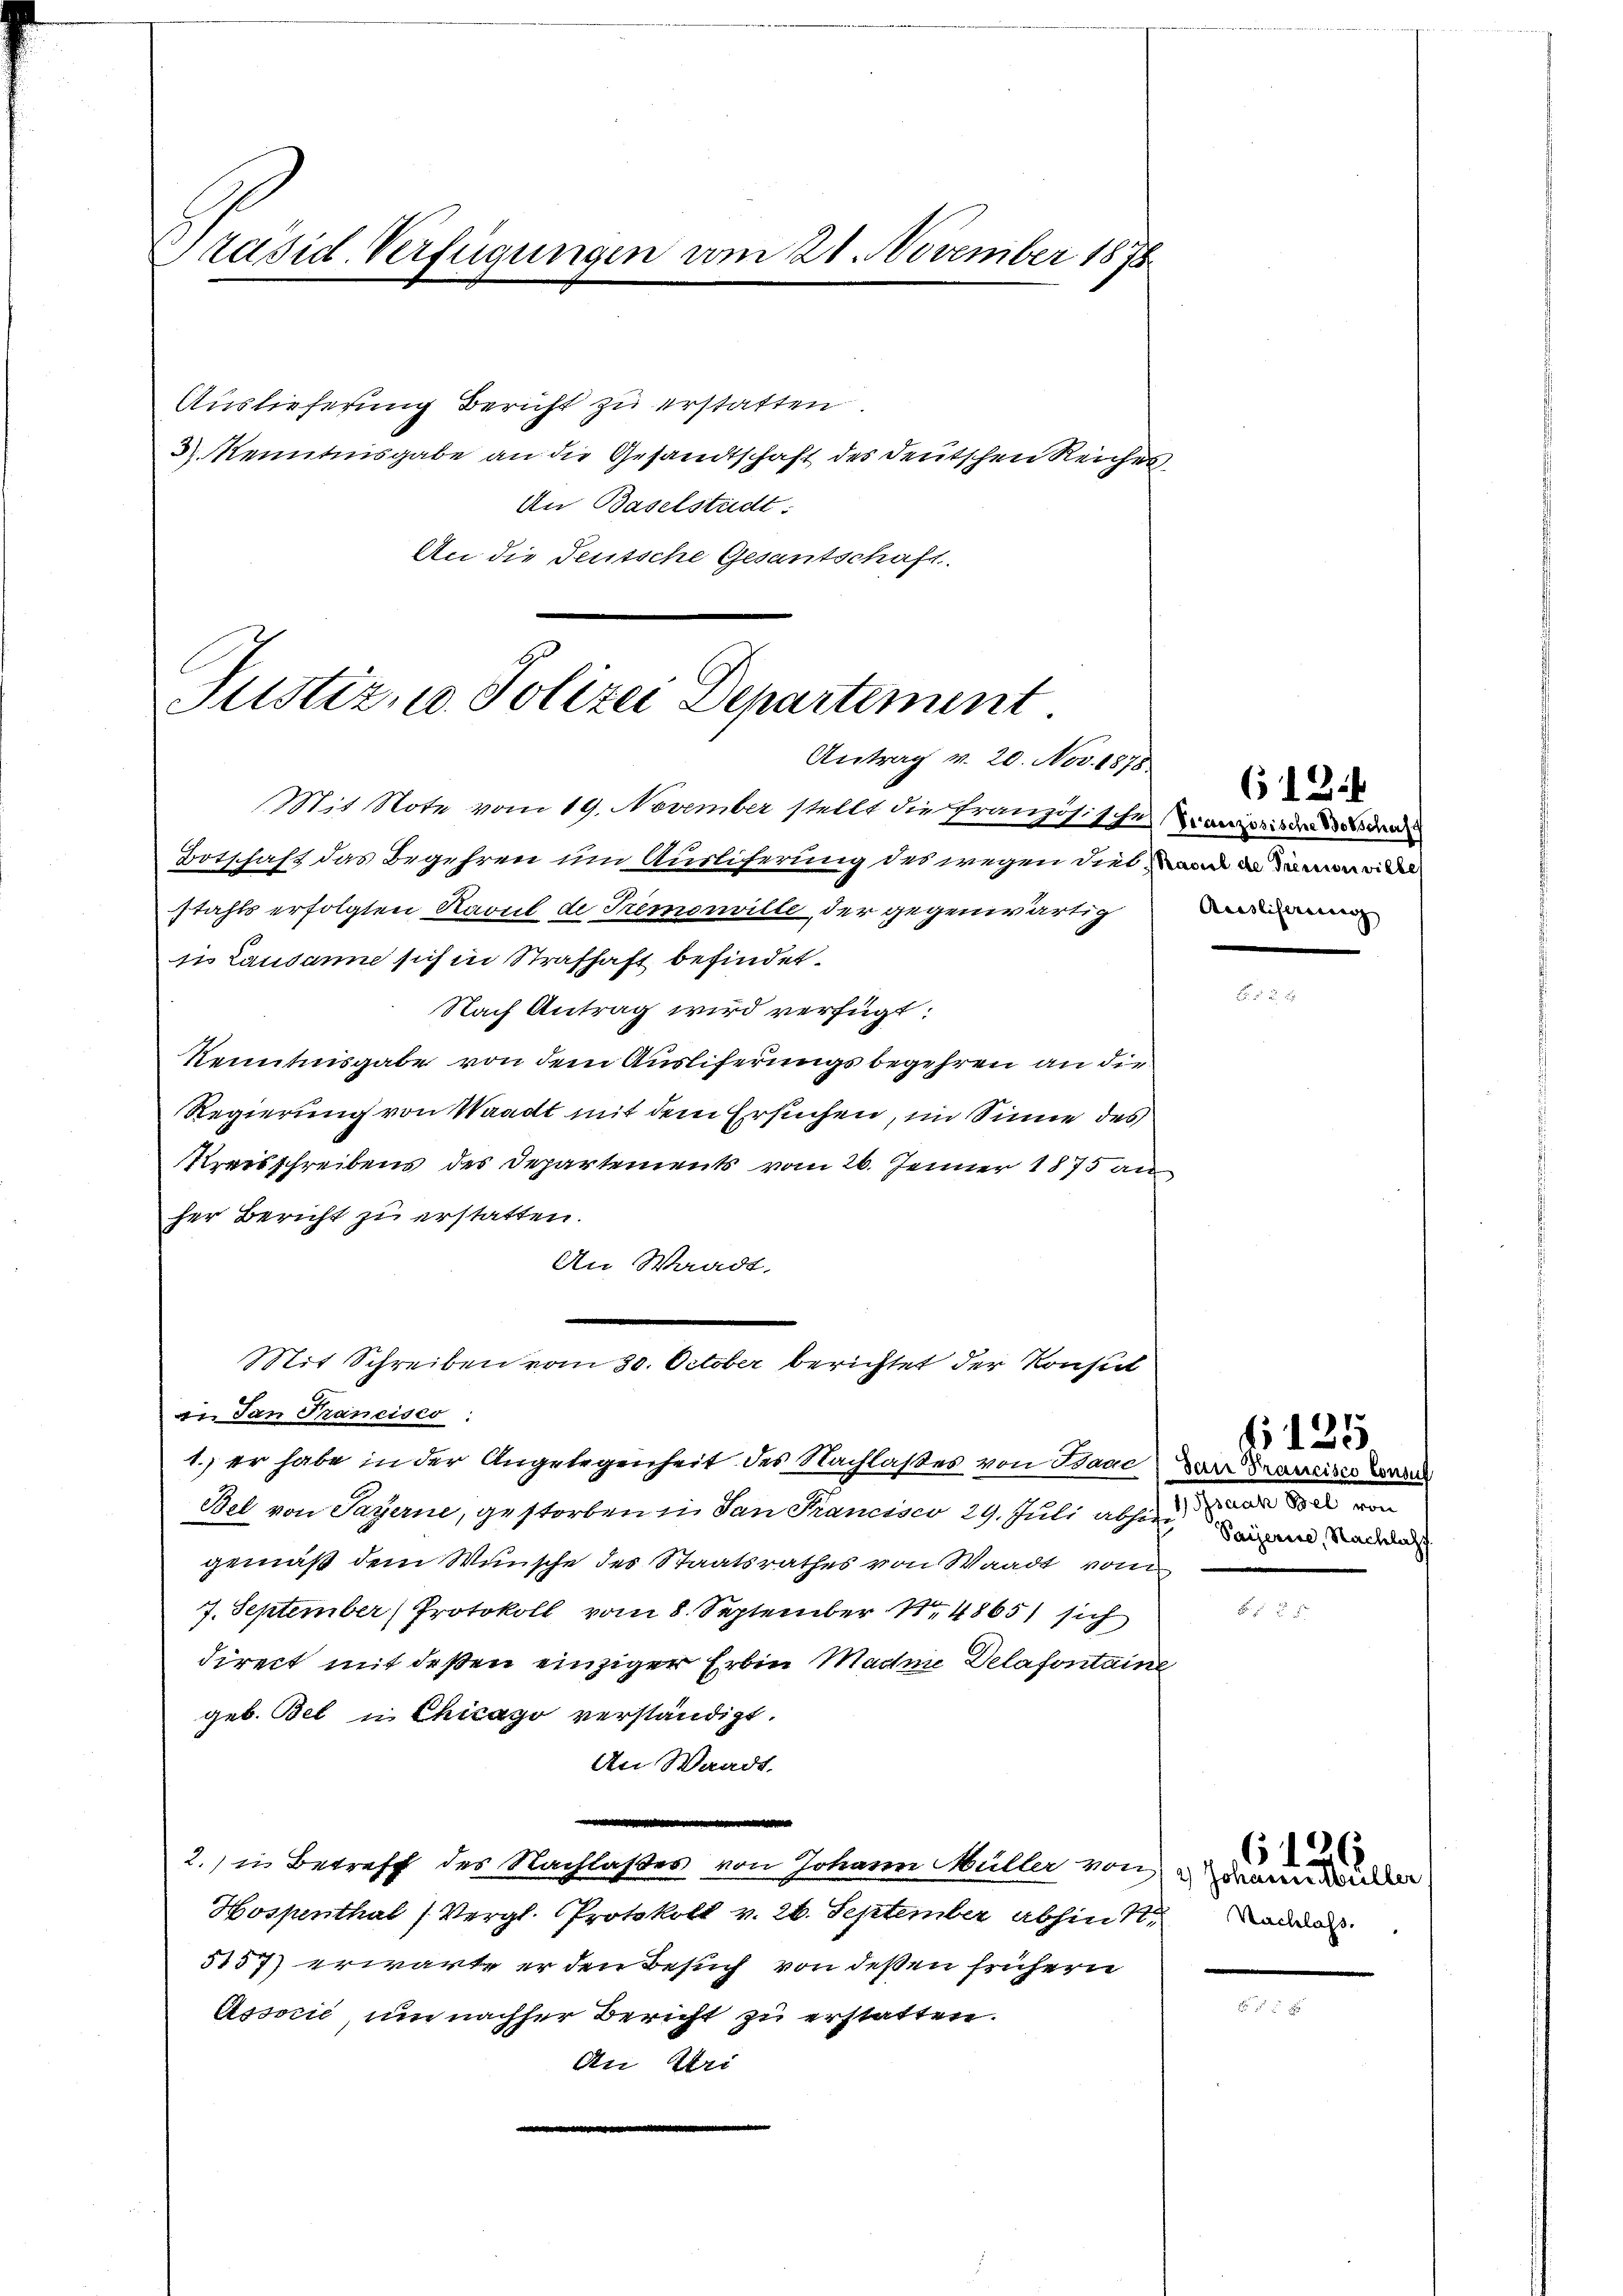
Präsid. Verfügungen vom 21. November 1878

Auslieferung Bericht zu erstatten.
3 Kenntnisgabe an die Gesandtschaft des deutschen Reiches
An Baselstadt:
An die Teutsche Gesantschaft.

Justiz, u. Polizei Departement.
Antrag v. 20. Nov. 1878

Mit Note vom 19. November stellt die Französisches aus des de
Botschaft das Begehren um Auslierung des wegen dies und de
stahls erfolgten Ravul de Tremonville der gegenwärtig
 Lausanne sich in Strafhaft befindet.
Nach Antrag wird verfügt:
Renntnisgabe von dem Auslieferungsbegehren an die
Regierung von Waadt mit dem Ersuchen, im Sinne des
Preisschreibens des Departements vom 26. Jenner 1875 an
her Bericht zu erstatten.
An Waadt.
a San Francisco
1. Er habe in der Angelegenheit des Nachlaßes von Isaac
Bel von Payerne, gestorben in San Francisco 29. Juli abhin
gemäß dem Wunsche des Staatsrathes von Waadt vom
7. September Protokoll vom 8. September 14865/ sich
direct mit deßen einziger Erben Magnie Delafontain
geb. Bet u Chicago verständigt.
An Waadt.
2. in Betreff des Nachlaßes von Johann Müller von
Hospenthal (Vergl. Protokoll v. 26. September abhin St.
5157) erwarte er den Besuch von deßen frühern
Associe um nachher Bericht zu erstatten.
An Uri

Mit Schreiben vom 30. October berichtet der Konsul

61214
Ausliserung

.

2

Dan Prancisco Consul
1 Grade de
Paiserire, Nachlicht

125

herauschulen
Nachlass.